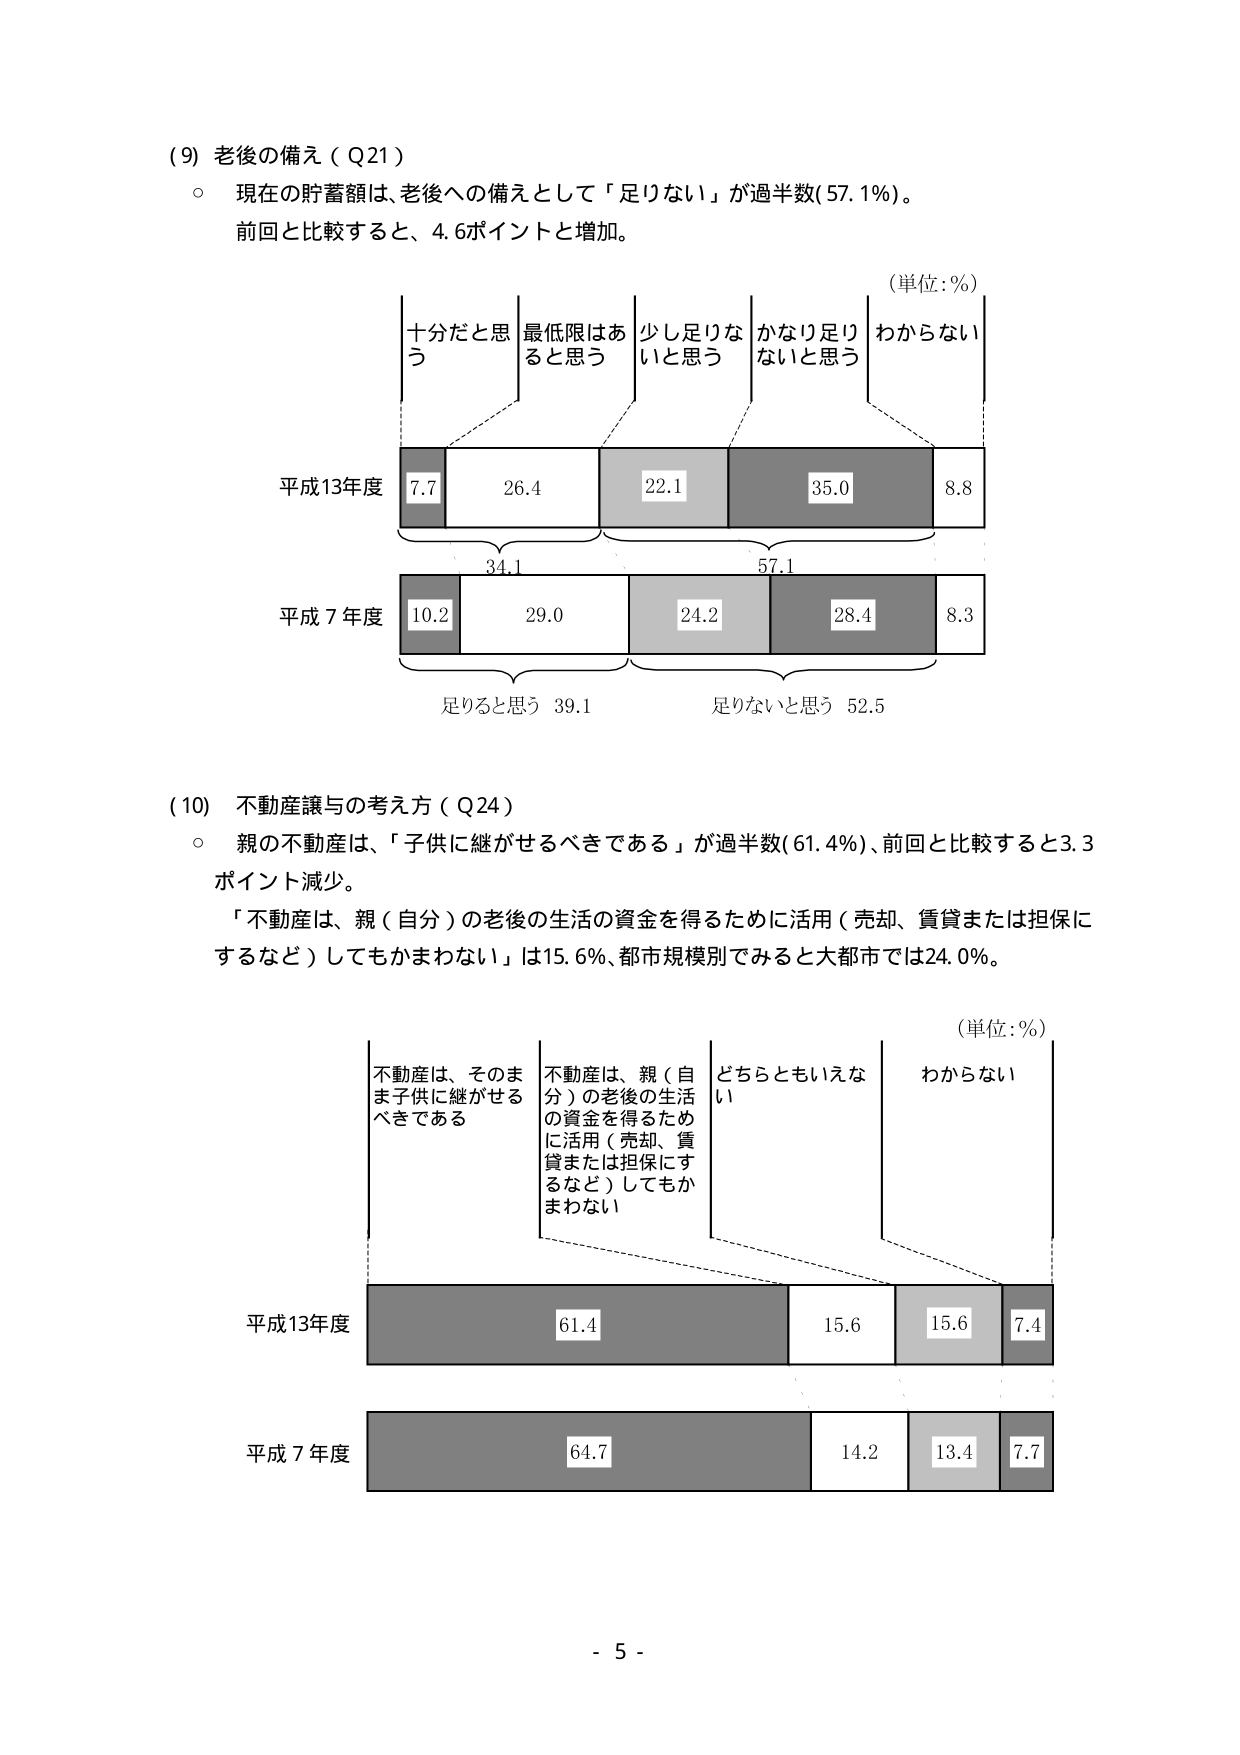
(9) 老後の備え（Q21）
○ 現在の貯蓄額は、老後への備えとして「足りない」が過半数（57.1％）。
前回と比較すると、4.6ポイントと増加。

（単位：％）
十分だと思う　最低限はあると思う　少し足りないと思う　かなり足りないと思う　わからない
平成13年度　7.7　26.4　22.1　35.0　8.8
　　　　　　　34.1　　　　　　　57.1
平成7年度　10.2　29.0　24.2　28.4　8.3
　　　　　　　足りると思う 39.1　　　　　足りないと思う 52.5

(10) 不動産譲与の考え方（Q24）
○ 親の不動産は、「子供に継がせるべきである」が過半数（61.4％）、前回と比較すると3.3ポイント減少。
「不動産は、親（自分）の老後の生活の資金を得るために活用（売却、賃貸または担保にするなど）してもかまわない」は15.6％、都市規模別でみると大都市では24.0％。

（単位：％）
不動産は、そのまま子供に継がせるべきである　不動産は、親（自分）の老後の生活の資金を得るために活用（売却、賃貸または担保にするなど）してもかまわない　どちらともいえない　わからない
平成13年度　61.4　15.6　15.6　7.4
平成7年度　64.7　14.2　13.4　7.7

- 5 -